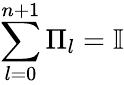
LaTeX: \sum_{l=0}^{n+1}\Pi_{l}=\mathbb{I}